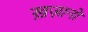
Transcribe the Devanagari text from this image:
ख़ज़ानों